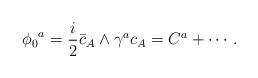
LaTeX: \begin{align*}{\phi_0}^a={i\over 2}\bar c_A\wedge\gamma^a c_A=C^a+\cdots.\end{align*}